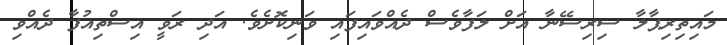
މައިތިރިޕާލާ ސިރިސޭނާ އަށް ލަފާވެސް ދެއްވައިފައި ވަނިކޮށެވެ. އަދި ރަވީ އިސްތިއުފާ ދެއްވި